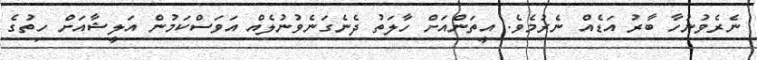
ނެރެވުނުހާ ބާރު އަޑެއް ނެރުމެވެ. އީތަންއަށް ހާލަތު ދެނެގަނެވުނުލެއް އަވަސްކަމުން އަލީޝާއަށް ހިތުގެ